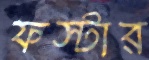
ফস্টার